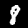
Label: 8